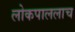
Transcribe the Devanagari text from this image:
लोकपाललाच